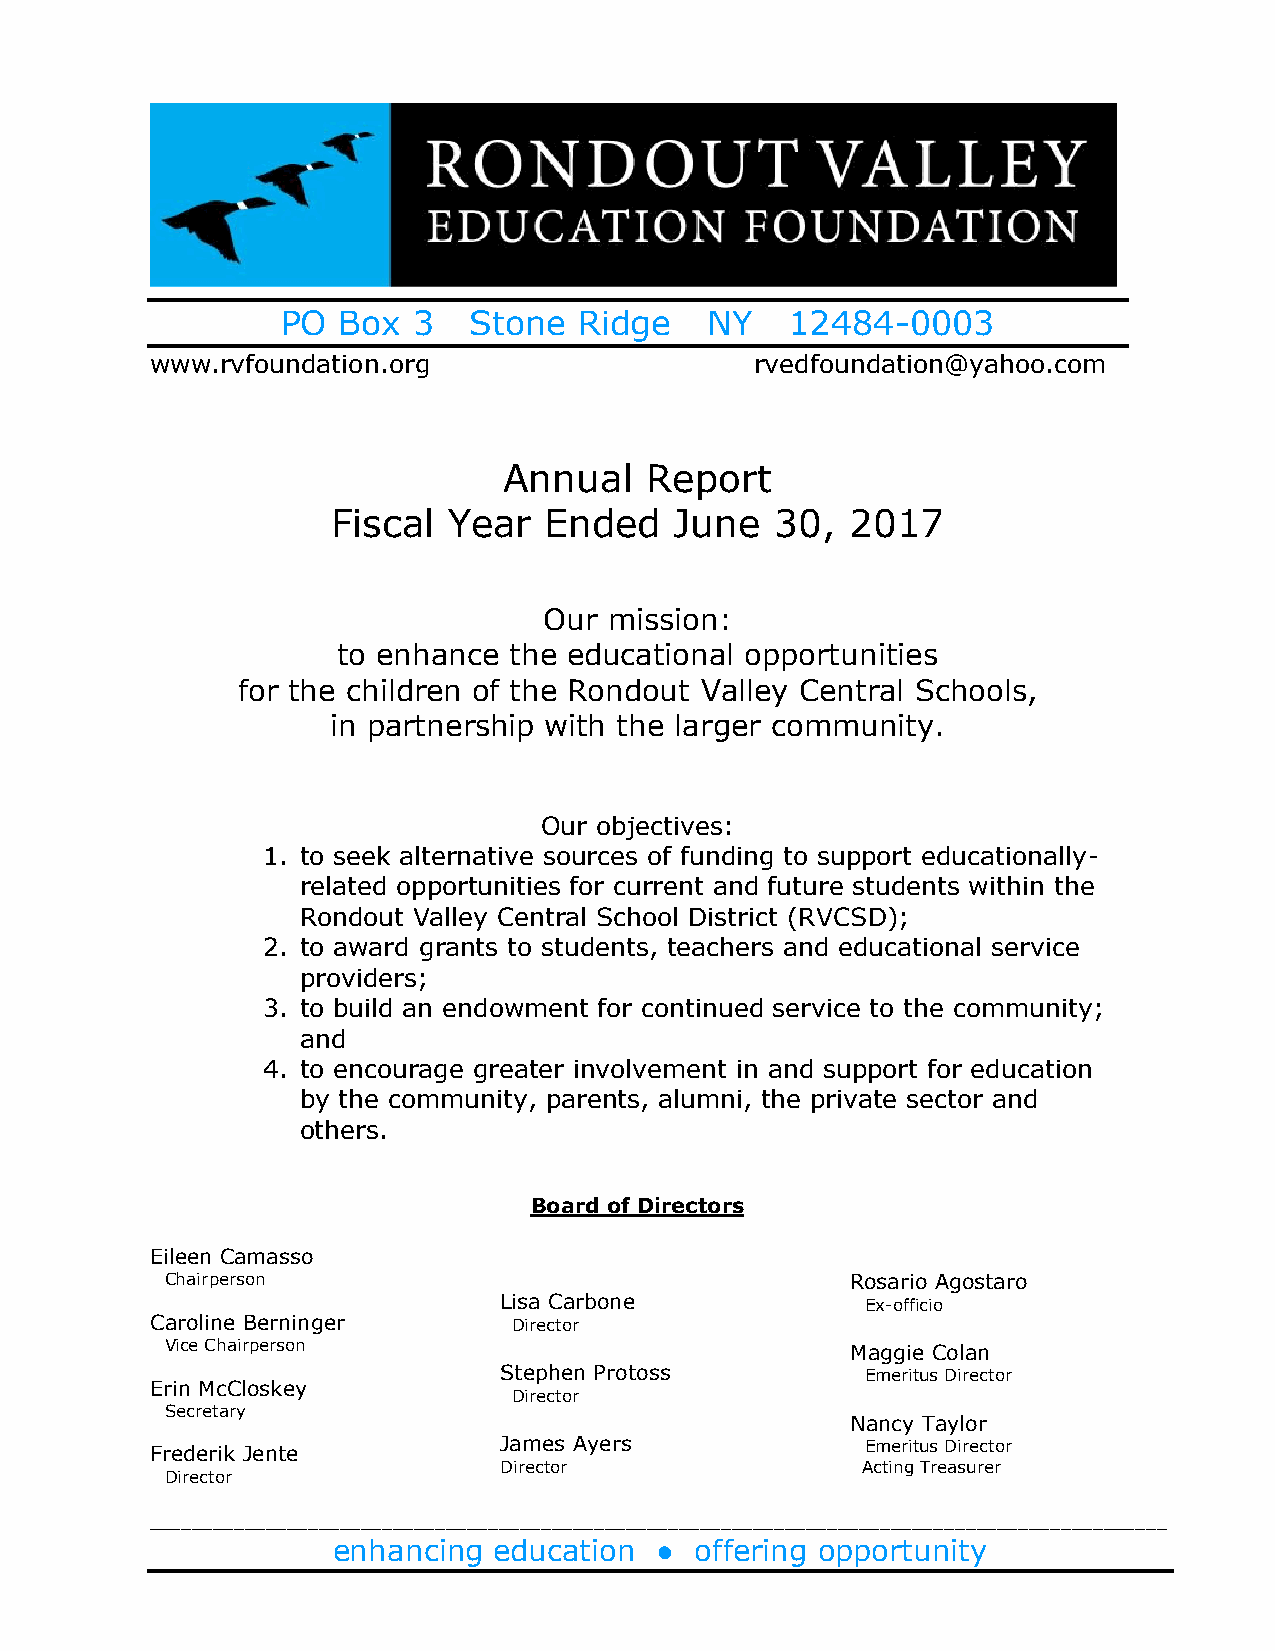
PO Box  3   Stone  Ridge    NY   12484-0003
 www.rvfoundation.org                    rvedfoundation@yahoo.com
 Annual    Report
 Fiscal  Year  Ended    June  30,  2017
 Our mission:
 to enhance  the educational opportunities
 for the children of the Rondout Valley Central Schools,
 in partnership with the larger community.
 Our objectives:
 1. to seek alternative sources of funding to support educationally-
 related opportunities for current and future students within the
 Rondout Valley Central School District (RVCSD);
 2. to award grants to students, teachers and educational service
 providers;
 3. to build an endowment for continued service to the community;
 and
 4. to encourage greater involvement in and support for education
 by the community, parents, alumni, the private sector and
 others.
 Board of Directors
 Eileen Camasso
 Chairperson                                  Rosario Agostaro
 Lisa Carbone            Ex-officio
 Caroline Berninger      Director
 Vice Chairperson                             Maggie Colan
 Stephen Protoss         Emeritus Director
 Erin McCloskey
 Director
 Secretary
 Nancy Taylor
 Frederik Jente         James Ayers             Emeritus Director
 Director                Acting Treasurer
 Director
 ________________________________________________________________________________________________
 enhancing  education ●  offering opportunity